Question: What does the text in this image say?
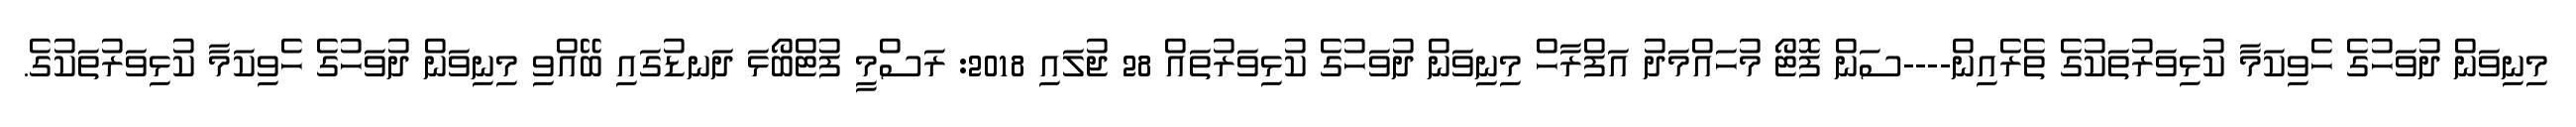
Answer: މިނިވަން ދުވަހުގެ ހެވިކަމާ ކުޅިވަރުތަކުގެ ތެރެއިން----ސަން ފޮޓޯ މުހައްމަދު އަފްރާހް މިނިވަން ދުވަހުގެ ކުޅިވަރުތައް 28 ޖުލައި 2018: ރަސްމީ ފުޓްބޯޅަ ދަނޑުގައި ބޭއްވި މިނިވަން ދުވަހުގެ ހެވިކަމާ ކުޅިވަރުތަކުގެ.